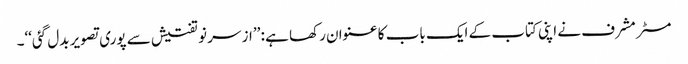
مسٹر مشرف نے اپنی کتاب کے ایک باب کا عنوان رکھا ہے : ’’از سر نو تفتیش سے پوری تصویر بدل گئی‘‘۔